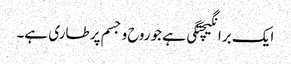
ایک برانگیچتگی ہے جو روح و جسم پر طاری ہے۔